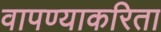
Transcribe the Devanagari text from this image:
वापण्‍याकरिता